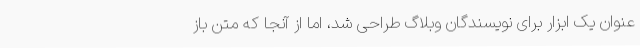
عنوان یک ابزار برای نویسندگان وبلاگ طراحی شد، اما از آنجا که متن باز